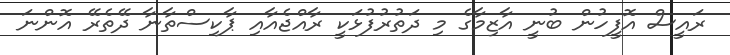
ރައީސް އޮފީހުން ބުނީ އާޒިމާގެ މި ދަތުރުފުޅަކީ ރާއްޖެއާއި ޕާކިސްތާނާ ދޭތެރޭ އޮންނަ